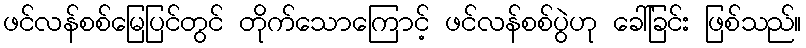
ဖင်လန်စစ်မြေပြင်တွင် တိုက်သောကြောင့် ဖင်လန်စစ်ပွဲဟု ခေါ်ခြင်း ဖြစ်သည်။